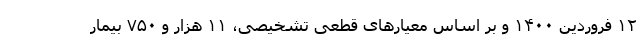
۱۲ فروردین ۱۴۰۰ و بر اساس معیار‌های قطعی تشخیصی، ۱۱ هزار و ۷۵۰ بیمار